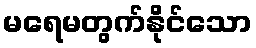
မရေမတွက်နိုင်သော